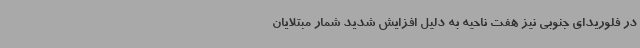
در فلوریدای جنوبی نیز هفت ناحیه به دلیل افزایش شدید شمار مبتلایان